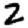
Digit: 2